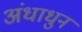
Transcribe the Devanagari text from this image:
अंधाधुन